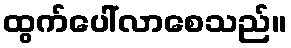
ထွက်ပေါ်လာစေသည်။